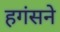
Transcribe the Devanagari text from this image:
हगंसने